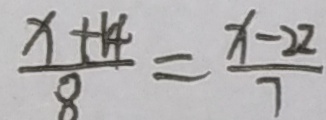
\frac { x + 1 4 } { 8 } = \frac { x - 2 2 } { 7 }